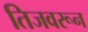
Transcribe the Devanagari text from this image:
तिजवरून